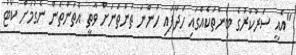
"އެއީ ސަރުކާރުގެ ބިންތަކެއްގައި ހަދާފައި ހުންނަ ތަންތަނަށް ވާތީ އެތަންތަން ނެގުމަށް ކޯޓު